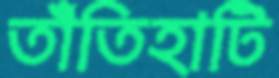
তাঁতিহাটি